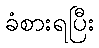
ခံစားရပြီး